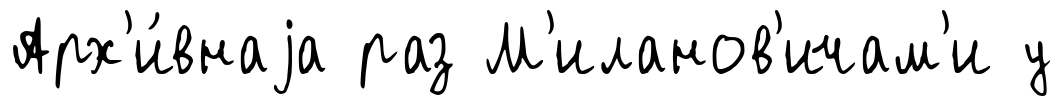
Арх'и́внаjа раз М'иланов'ичам'и у